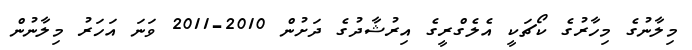
މިލާނުގެ މިހާރުގެ ކޯޗަކީ އެލެގްރީގެ އިރުޝާދުގެ ދަށުން 2010-2011 ވަނަ އަހަރު މިލާނުން